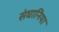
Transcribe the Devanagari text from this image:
संघानिया